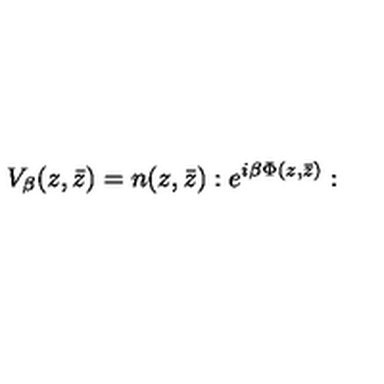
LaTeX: V _ { \beta } ( z , \bar { z } ) = n ( z , \bar { z } ) : e ^ { i \beta \Phi ( z , \bar { z } ) } :